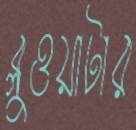
ব্লুওয়াটার